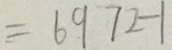
= 6 9 7 2 - 1